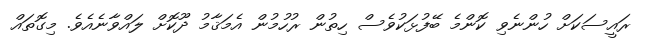
ރައީސަކަށް ހުންނެވި ކޮންމެ ބޭފުޅަކުވެސް ހިތުން ރުހުމުން އެމަޤާމު ދޫކޮށް ލައްވާނެއެވެ. މިގޮތައް